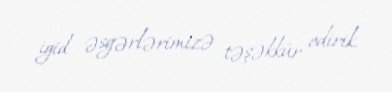
igid əsgərlərimizə təşəkkür edirik.